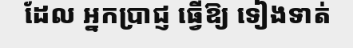
ដែល អ្នកប្រាជ្ញ ធ្វើឱ្យ ទៀងទាត់